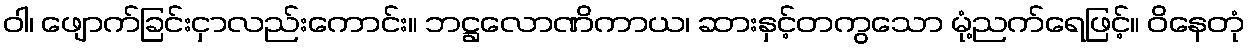
ဝါ၊ ဖျောက်ခြင်းငှာလည်းကောင်း။ ဘဋ္ဌလောဏိကာယ၊ ဆားနှင့်တကွသော မုံ့ညက်ရေဖြင့်။ ဝိနေတုံ